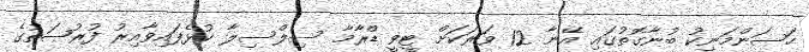
ހަސަންމަނިކު ބުނާގޮތުގައި އޭނާ 12 ވަރަކަށް ޓީޥީ ޑްރާމާ ސިލްސިލާ ކުޅެފައިވާއިރު ފުރުޞަތުގެ